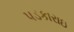
પડકારાઇ